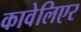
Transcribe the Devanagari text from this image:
कावेलिएर